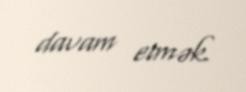
davam etmək.